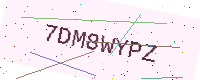
Text: 7DM8WYPZ